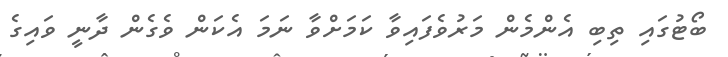
ބޯޓުގައި ތިބި އެންމެން މަރުވެފައިވާ ކަމަށްވާ ނަމަ އެކަން ވެގެން ދާނީ ވައިގެ